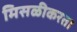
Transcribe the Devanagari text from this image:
मिसळीकरता